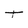
Character: T